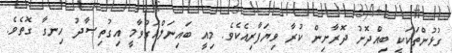
ގުޅުންތަކަކީ ބިއްދޮށު ދޮރާށިން ކުރާ ވިޔަފާރިއެކެވެ. މިއީ ބައިނަލްއަގުވާމީ އިގުތިޞާދު ހިނގާ ގޮތެވެ.